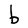
Character: b